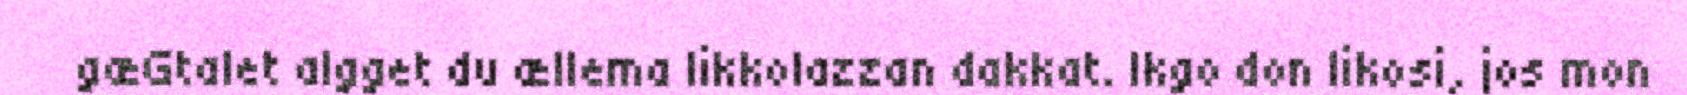
gæGtalet algget du ællema likkolazzan dakkat. Ikgo don likosi, jos mon